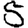
Digit: 5